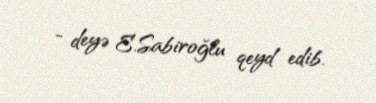
- deyə E.Sabiroğlu qeyd edib.